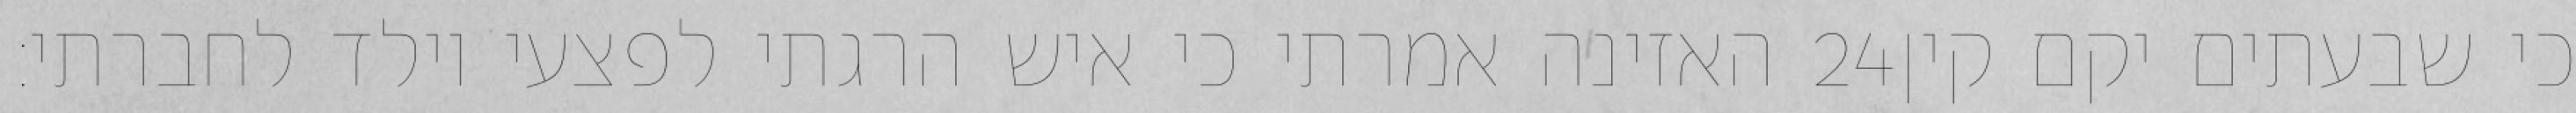
האזינה אמרתי כי איש הרגתי לפצעי וילד לחברתי׃ ‎24‏ כי שבעתים יקם קין